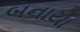
બનાયા